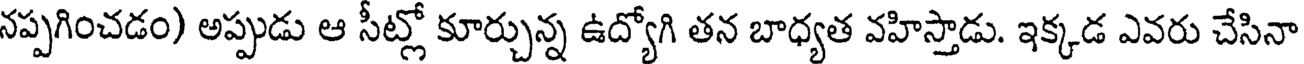
నప్పగించడం) అప్పుడు ఆ సీట్లో కూర్చున్న ఉద్యోగి తన బాధ్యత వహిస్తాడు. ఇక్కడ ఎవరు చేసినా